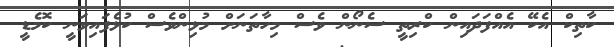
ކާތިކް އެކޭ އެއްފަދައިން ކްރިތީ ސެނޯން ވެސް މިހާތަނަށް މުޅިންވެސް ކުޅެފައިވަނީ ކޮމެޑީ